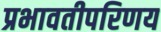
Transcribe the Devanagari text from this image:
प्रभावतीपरिणय